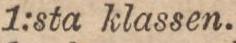
1:sta klassen.